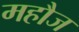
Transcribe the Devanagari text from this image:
महौज